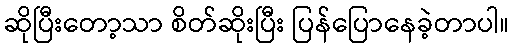
ဆိုပြီးတော့သာ စိတ်ဆိုးပြီး ပြန်ပြောနေခဲ့တာပါ။